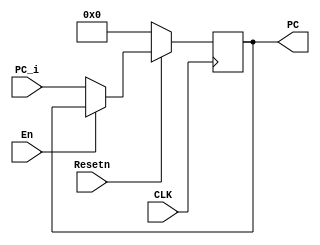
module PC(
    input CLK,
    input [31:0] PC_i,
    input Resetn,
    input En,
    output wire  [31:0]   PC
    
);
reg [31:0] PC0;

assign PC = PC0;

initial begin    
        PC0 <= 32'd0;   
    end  

always @(negedge CLK  ) begin

    if(~Resetn) begin
        PC0 <= 32'd0;
    end
        
    else begin
         if (En)begin
            PC0 <= PC0;
         end
         else begin
            PC0 <= PC_i;
         end
    end
end

endmodule